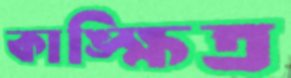
কাঙ্ক্ষিত